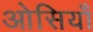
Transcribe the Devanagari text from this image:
ओसियाँ